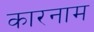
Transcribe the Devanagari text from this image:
कारनाम